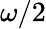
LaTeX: \omega/2